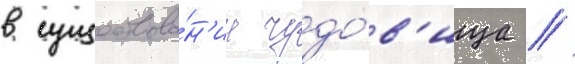
в существова́н'ии чудо́в'ища //